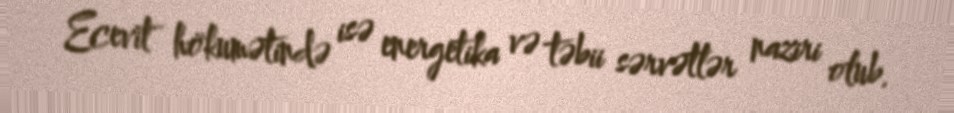
Ecevit hökumətində isə energetika və təbii sərvətlər naziri olub.